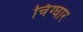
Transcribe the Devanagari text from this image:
चिंग्घार